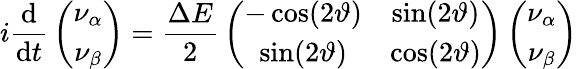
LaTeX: i{\frac{\mathrm{d}}{\mathrm{d}t}}\left(\begin{array}{c}{{\nu_{\alpha}}}\\ {{\nu_{\beta}}}\end{array}\right)={\frac{\Delta E}{2}}\left(\begin{array}{cc}{{-\cos(2\vartheta)}}&{{\sin(2\vartheta)}}\\ {{\sin(2\vartheta)}}&{{\cos(2\vartheta)}}\end{array}\right)\left(\begin{array}{c}{{\nu_{\alpha}}}\\ {{\nu_{\beta}}}\end{array}\right)